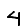
Digit: 4